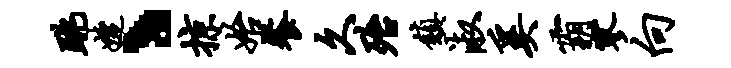
跳婕丶掠始餐久殆镇淑奚霸寥向